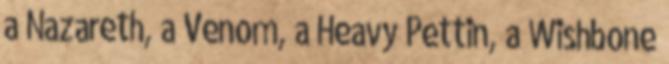
a Nazareth, a Venom, a Heavy Pettin, a Wishbone